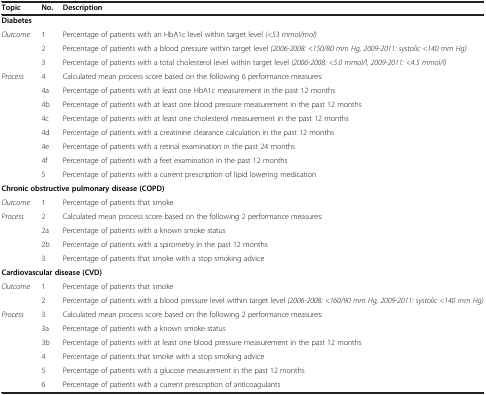
<table><thead><tr><td><b>Topic</b></td><td><b>No.</b></td><td><b>Description</b></td></tr></thead><tbody><tr><td><b>Diabetes</b></td><td></td><td></td></tr><tr><td><i>Outcome</i></td><td>1</td><td>Percentage of patients with an HbA1c level within target level <i>(&lt;53 mmol/mol)</i></td></tr><tr><td></td><td>2</td><td>Percentage of patients with a blood pressure within target level <i>(2006-2008: &lt;150/80 mm Hg, 2009-2011: systolic &lt;140 mm Hg)</i></td></tr><tr><td></td><td>3</td><td>Percentage of patients with a total cholesterol level within target level <i>(2006-2008: &lt;5.0 mmol/l, 2009-2011: &lt;4.5 mmol/l)</i></td></tr><tr><td><i>Process</i></td><td>4</td><td>Calculated mean process score based on the following 6 performance measures:</td></tr><tr><td></td><td>4a</td><td>Percentage of patients with at least one HbA1c measurement in the past 12 months</td></tr><tr><td></td><td>4b</td><td>Percentage of patients with at least one blood pressure measurement in the past 12 months</td></tr><tr><td></td><td>4c</td><td>Percentage of patients with at least one cholesterol measurement in the past 12 months</td></tr><tr><td></td><td>4d</td><td>Percentage of patients with a creatinine clearance calculation in the past 12 months</td></tr><tr><td></td><td>4e</td><td>Percentage of patients with a retinal examination in the past 24 months</td></tr><tr><td></td><td>4f</td><td>Percentage of patients with a feet examination in the past 12 months</td></tr><tr><td></td><td>5</td><td>Percentage of patients with a current prescription of lipid lowering medication</td></tr><tr><td colspan="3"><b>Chronic obstructive pulmonary disease (COPD)</b></td></tr><tr><td><i>Outcome</i></td><td>1</td><td>Percentage of patients that smoke</td></tr><tr><td><i>Process</i></td><td>2</td><td>Calculated mean process score based on the following 2 performance measures:</td></tr><tr><td></td><td>2a</td><td>Percentage of patients with a known smoke status</td></tr><tr><td></td><td>2b</td><td>Percentage of patients with a spirometry in the past 12 months</td></tr><tr><td></td><td>3</td><td>Percentage of patients that smoke with a stop smoking advice</td></tr><tr><td colspan="3"><b>Cardiovascular disease (CVD)</b></td></tr><tr><td><i>Outcome</i></td><td>1</td><td>Percentage of patients that smoke</td></tr><tr><td></td><td>2</td><td>Percentage of patients with a blood pressure level within target level <i>(2006-2008: &lt;160/90 mm Hg, 2009-2011: systolic &lt;140 mm Hg)</i></td></tr><tr><td><i>Process</i></td><td>3</td><td>Calculated mean process score based on the following 2 performance measures:</td></tr><tr><td></td><td>3a</td><td>Percentage of patients with a known smoke status</td></tr><tr><td></td><td>3b</td><td>Percentage of patients with at least one blood pressure measurement in the past 12 months</td></tr><tr><td></td><td>4</td><td>Percentage of patients that smoke with a stop smoking advice</td></tr><tr><td></td><td>5</td><td>Percentage of patients with a glucose measurement in the past 12 months</td></tr><tr><td></td><td>6</td><td>Percentage of patients with a current prescription of anticoagulants</td></tr></tbody></table>